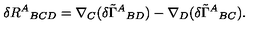
\delta R ^ { A } { } _ { B C D } = \nabla _ { C } ( \delta { \tilde { \Gamma } ^ { A } { } _ { B D } ) } - \nabla _ { D } ( \delta { \tilde { \Gamma } ^ { A } { } _ { B C } ) } .